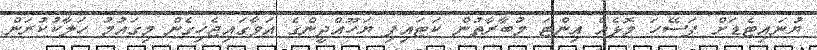
ޔުނައިޓެޑަށް ފަސޭހަ މޮޅެއް އިންޓަ މުބާރާތުން ކަޓައިފި ޔަހޫއްދީންގެ އަވާގައިޖެހިގެން މިގައުމު ހަލާކުުކުރަން